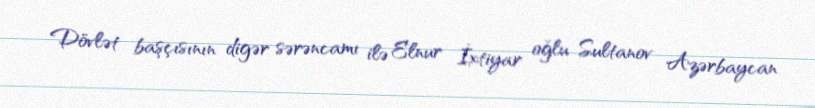
Dövlət başçısının digər sərəncamı ilə Elnur İxtiyar oğlu Sultanov Azərbaycan